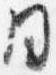
同